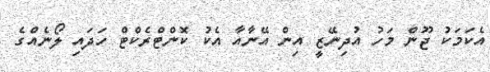
އެކަމަކު ޖޫން މަހު އުދިނޭޒީ އިން އޭނާއާ އެކު ކޮންޓްރެކްޓް ހަދައި ލޯނެއްގެ